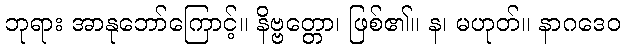
ဘုရား အာနုဘော်ကြောင့်။ နိဗ္ဗတ္တော၊ ဖြစ်၏။ န၊ မဟုတ်။ နာဂဒေဝ